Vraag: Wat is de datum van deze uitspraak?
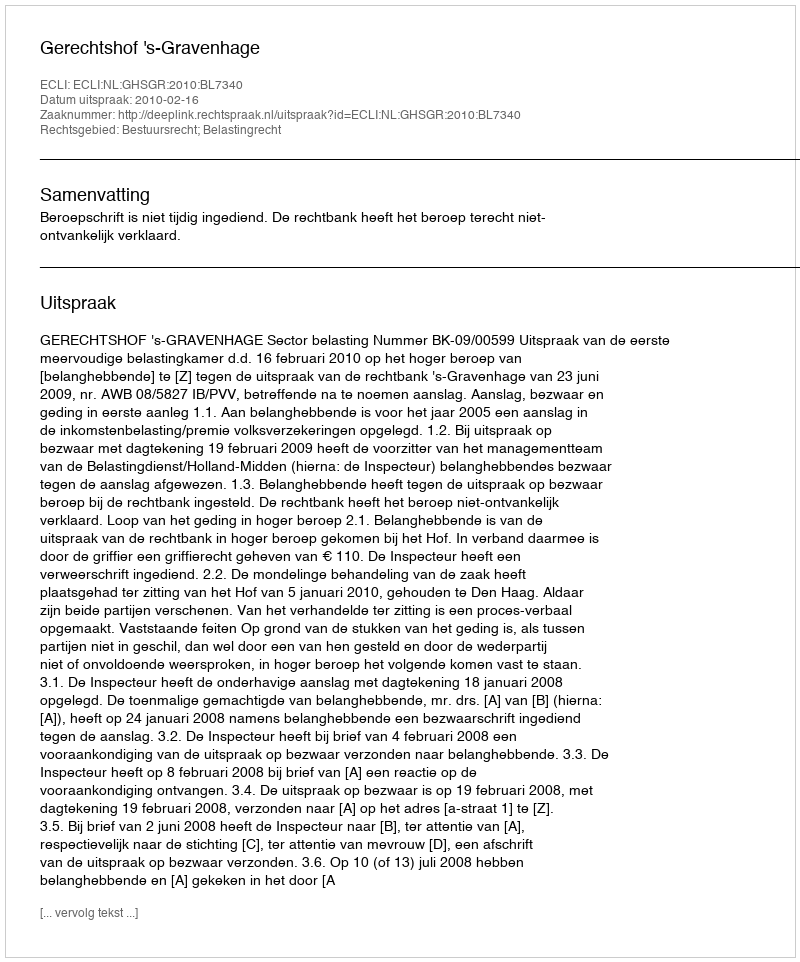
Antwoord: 2010-02-16